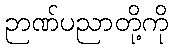
ဉာဏ်ပညာတို့ကို